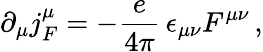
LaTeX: \partial_{\mu}j_{F}^{\mu}=-{\frac{e}{4\pi}}\, \epsilon_{\mu\nu}F^{\mu\nu}\, ,